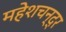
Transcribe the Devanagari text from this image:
महेशचन्द्र